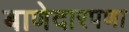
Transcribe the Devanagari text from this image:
बाणेदारपणा